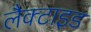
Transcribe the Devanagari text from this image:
लैक्टाइड